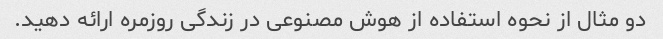
دو مثال از نحوه استفاده از هوش مصنوعی در زندگی روزمره ارائه دهید.